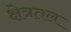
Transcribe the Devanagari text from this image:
क्षेत्रतल